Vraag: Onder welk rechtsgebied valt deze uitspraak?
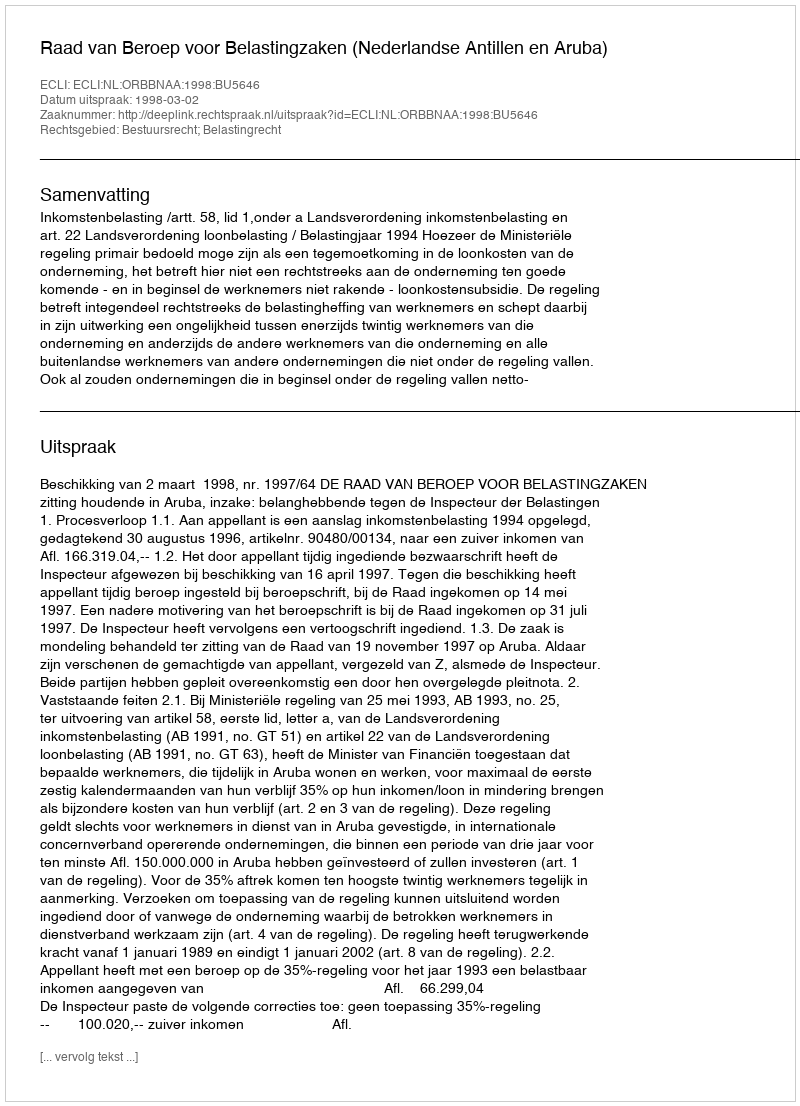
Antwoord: Bestuursrecht; Belastingrecht